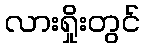
လားရှိုးတွင်